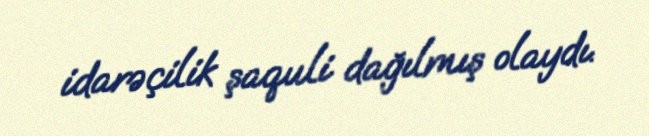
idarəçilik şaquli dağılmış olaydı.